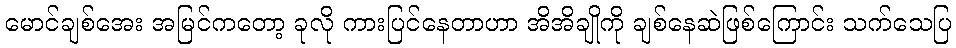
မောင်ချစ်အေး အမြင်ကတော့ ခုလို ကားပြင်နေတာဟာ အိအိချိုကို ချစ်နေဆဲဖြစ်ကြောင်း သက်သေပြ